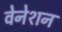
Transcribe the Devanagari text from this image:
वेनेशन